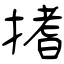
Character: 搘